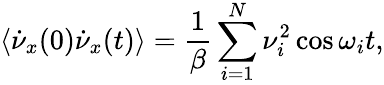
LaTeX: \left<\dot{\nu}_{x}(0)\dot{\nu}_{x}(t)\right>={\frac{1}{\beta}}\sum_{i=1}^{N}\nu_{i}^{2}\cos\omega_{i}t,